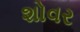
શોવર